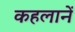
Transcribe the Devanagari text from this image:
कहलानें